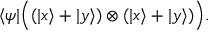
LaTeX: \langle \psi | { \Big ( } ( | x \rangle + | y \rangle ) \otimes ( | x \rangle + | y \rangle ) { \Big ) } .